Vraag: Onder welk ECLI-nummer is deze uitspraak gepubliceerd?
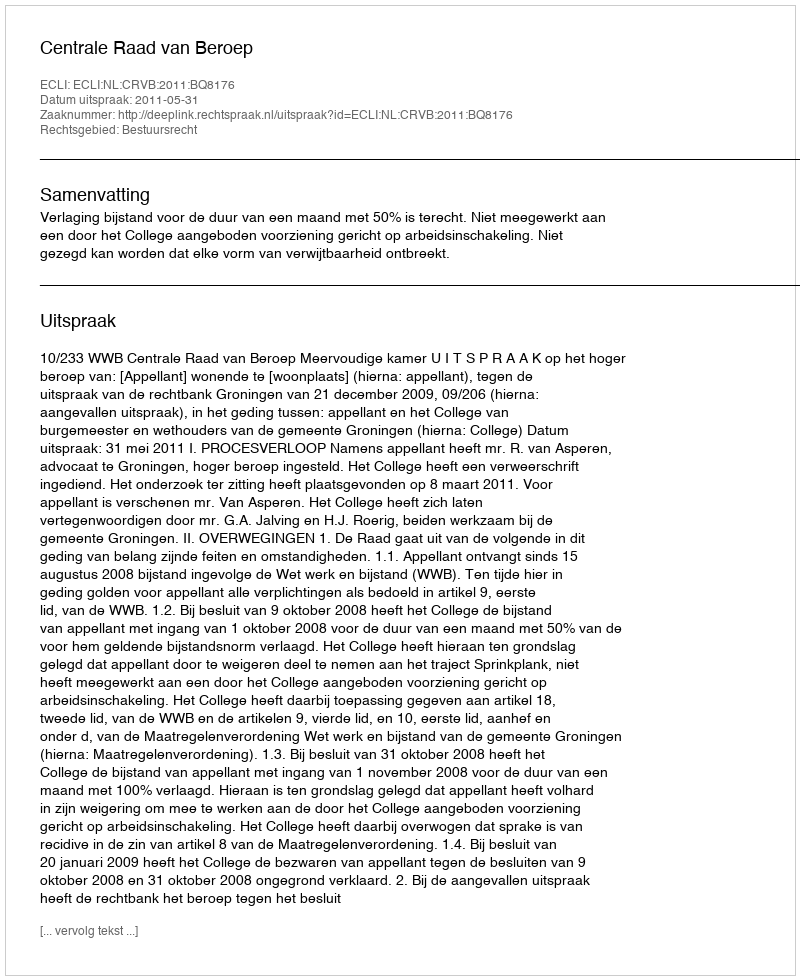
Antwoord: ECLI:NL:CRVB:2011:BQ8176